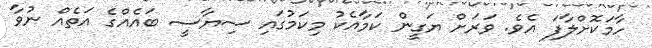
ހާމަކޮށްލާފަ އެވެ. ވަރަށް ޔަގީން ކަމާއެކު މިކަމުގައި ސިޔާސީ ބައެއްގެ އަތެއް ނުވާ